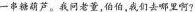
一串糖葫芦。我问老董，伯伯,我们去哪里啊?